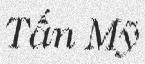
Tấn Mỹ